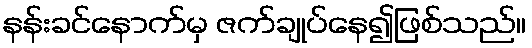
နန်းခင်နောက်မှ ဇက်ချုပ်နေ၍ဖြစ်သည်။